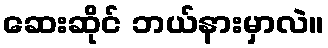
ဆေးဆိုင် ဘယ်နားမှာလဲ။